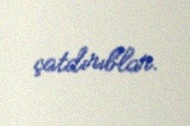
çatdırıblar.